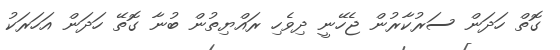
ގޮތް ހަދަން ސަރުކާރުން ޖެހޭނީ ދިވެހި ރައްޔިތުން ބުނާ ގޮތޭ ހަދަން އަހަރަކު